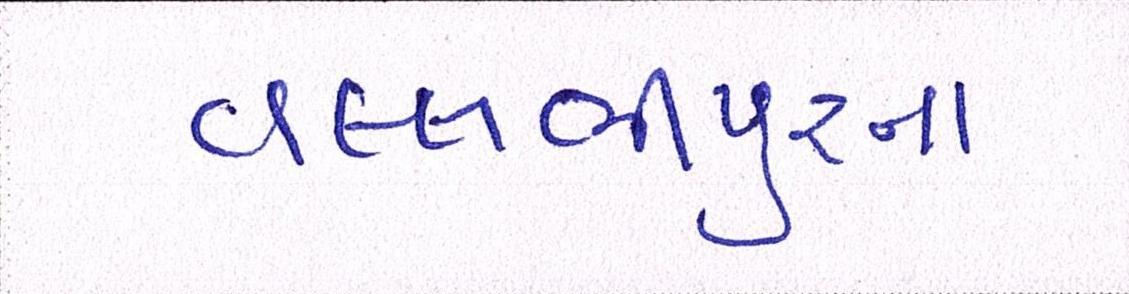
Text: વલભીપુરના